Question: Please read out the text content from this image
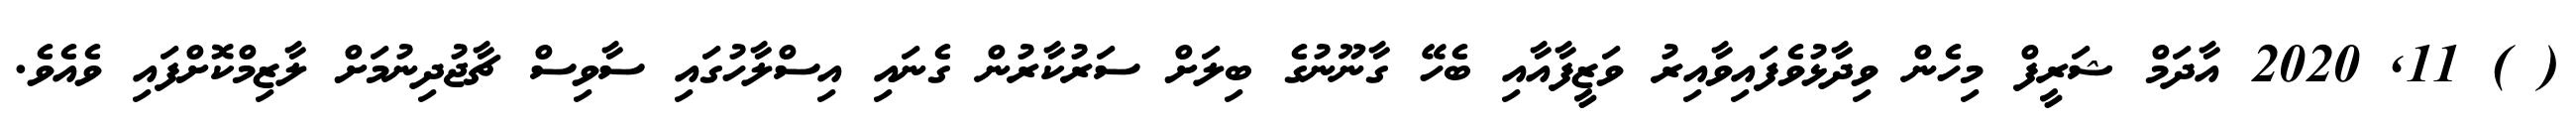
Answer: ( ) 11, 2020 އާދަމް ޝަރީފް މިހެން ވިދާޅުވެފައިވާއިރު ވަޒީފާއާއި ބެހޭ ގާނޫނުގެ ބިލަށް ސަރުކާރުން ގެނައި އިސްލާހުގައި ސާވިސް ޗާޖުދިނުމަށް ލާޒިމްކޮށްފައި ވެއެވެ.